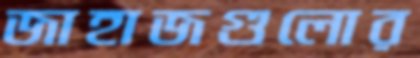
জাহাজগুলোর